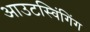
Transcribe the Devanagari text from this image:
आउटस्विंगिंग